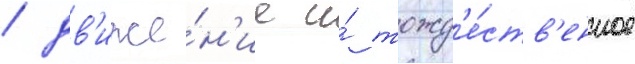
/ дв'иже́н'ие и́ тожд'е́ств'енное